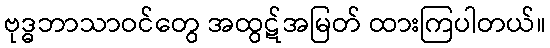
ဗုဒ္ဓဘာသာဝင်တွေ အထွဋ်အမြတ် ထားကြပါတယ်။